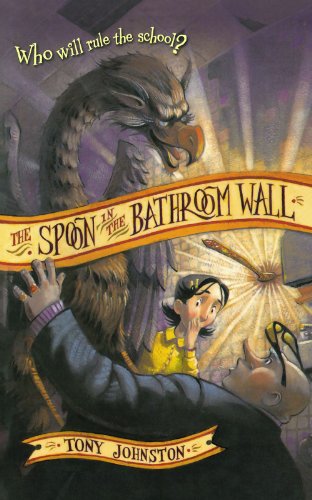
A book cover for The Spoon in the Bathroom Wall; Tony Johnston; Children's Books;